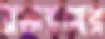
রক্তরসের